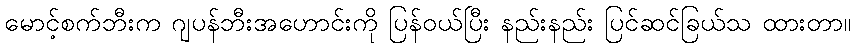
မောင့်စက်ဘီးက ဂျပန်ဘီးအဟောင်းကို ပြန်ဝယ်ပြီး နည်းနည်း ပြင်ဆင်ခြယ်သ ထားတာ။